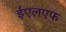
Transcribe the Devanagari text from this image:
ईएलएफ